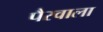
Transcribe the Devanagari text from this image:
पैरवाला